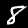
Label: 8